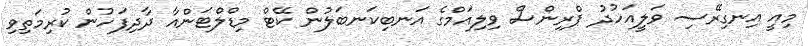
މިއީ އިނގިރޭސި ވަލީއަހުދު ޕްރިންސް ވިލިއަމްގެ އަނބިކަނބަލުން ކޭޓް މިޑްލްޓަންއާ ދާދިފަހުން ކުރިމަތިވި